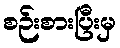
စဉ်းစားပြီးမှ